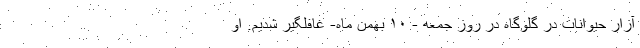
آزار حیوانات در گلوگاه در روز جمعه - ۱۰ بهمن ماه- غافلگیر شدیم. او